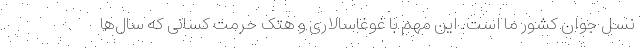
نسل جوان کشور ما است. این مهم با غوغاسالاری و هتک حرمت کسانی که سال‌ها